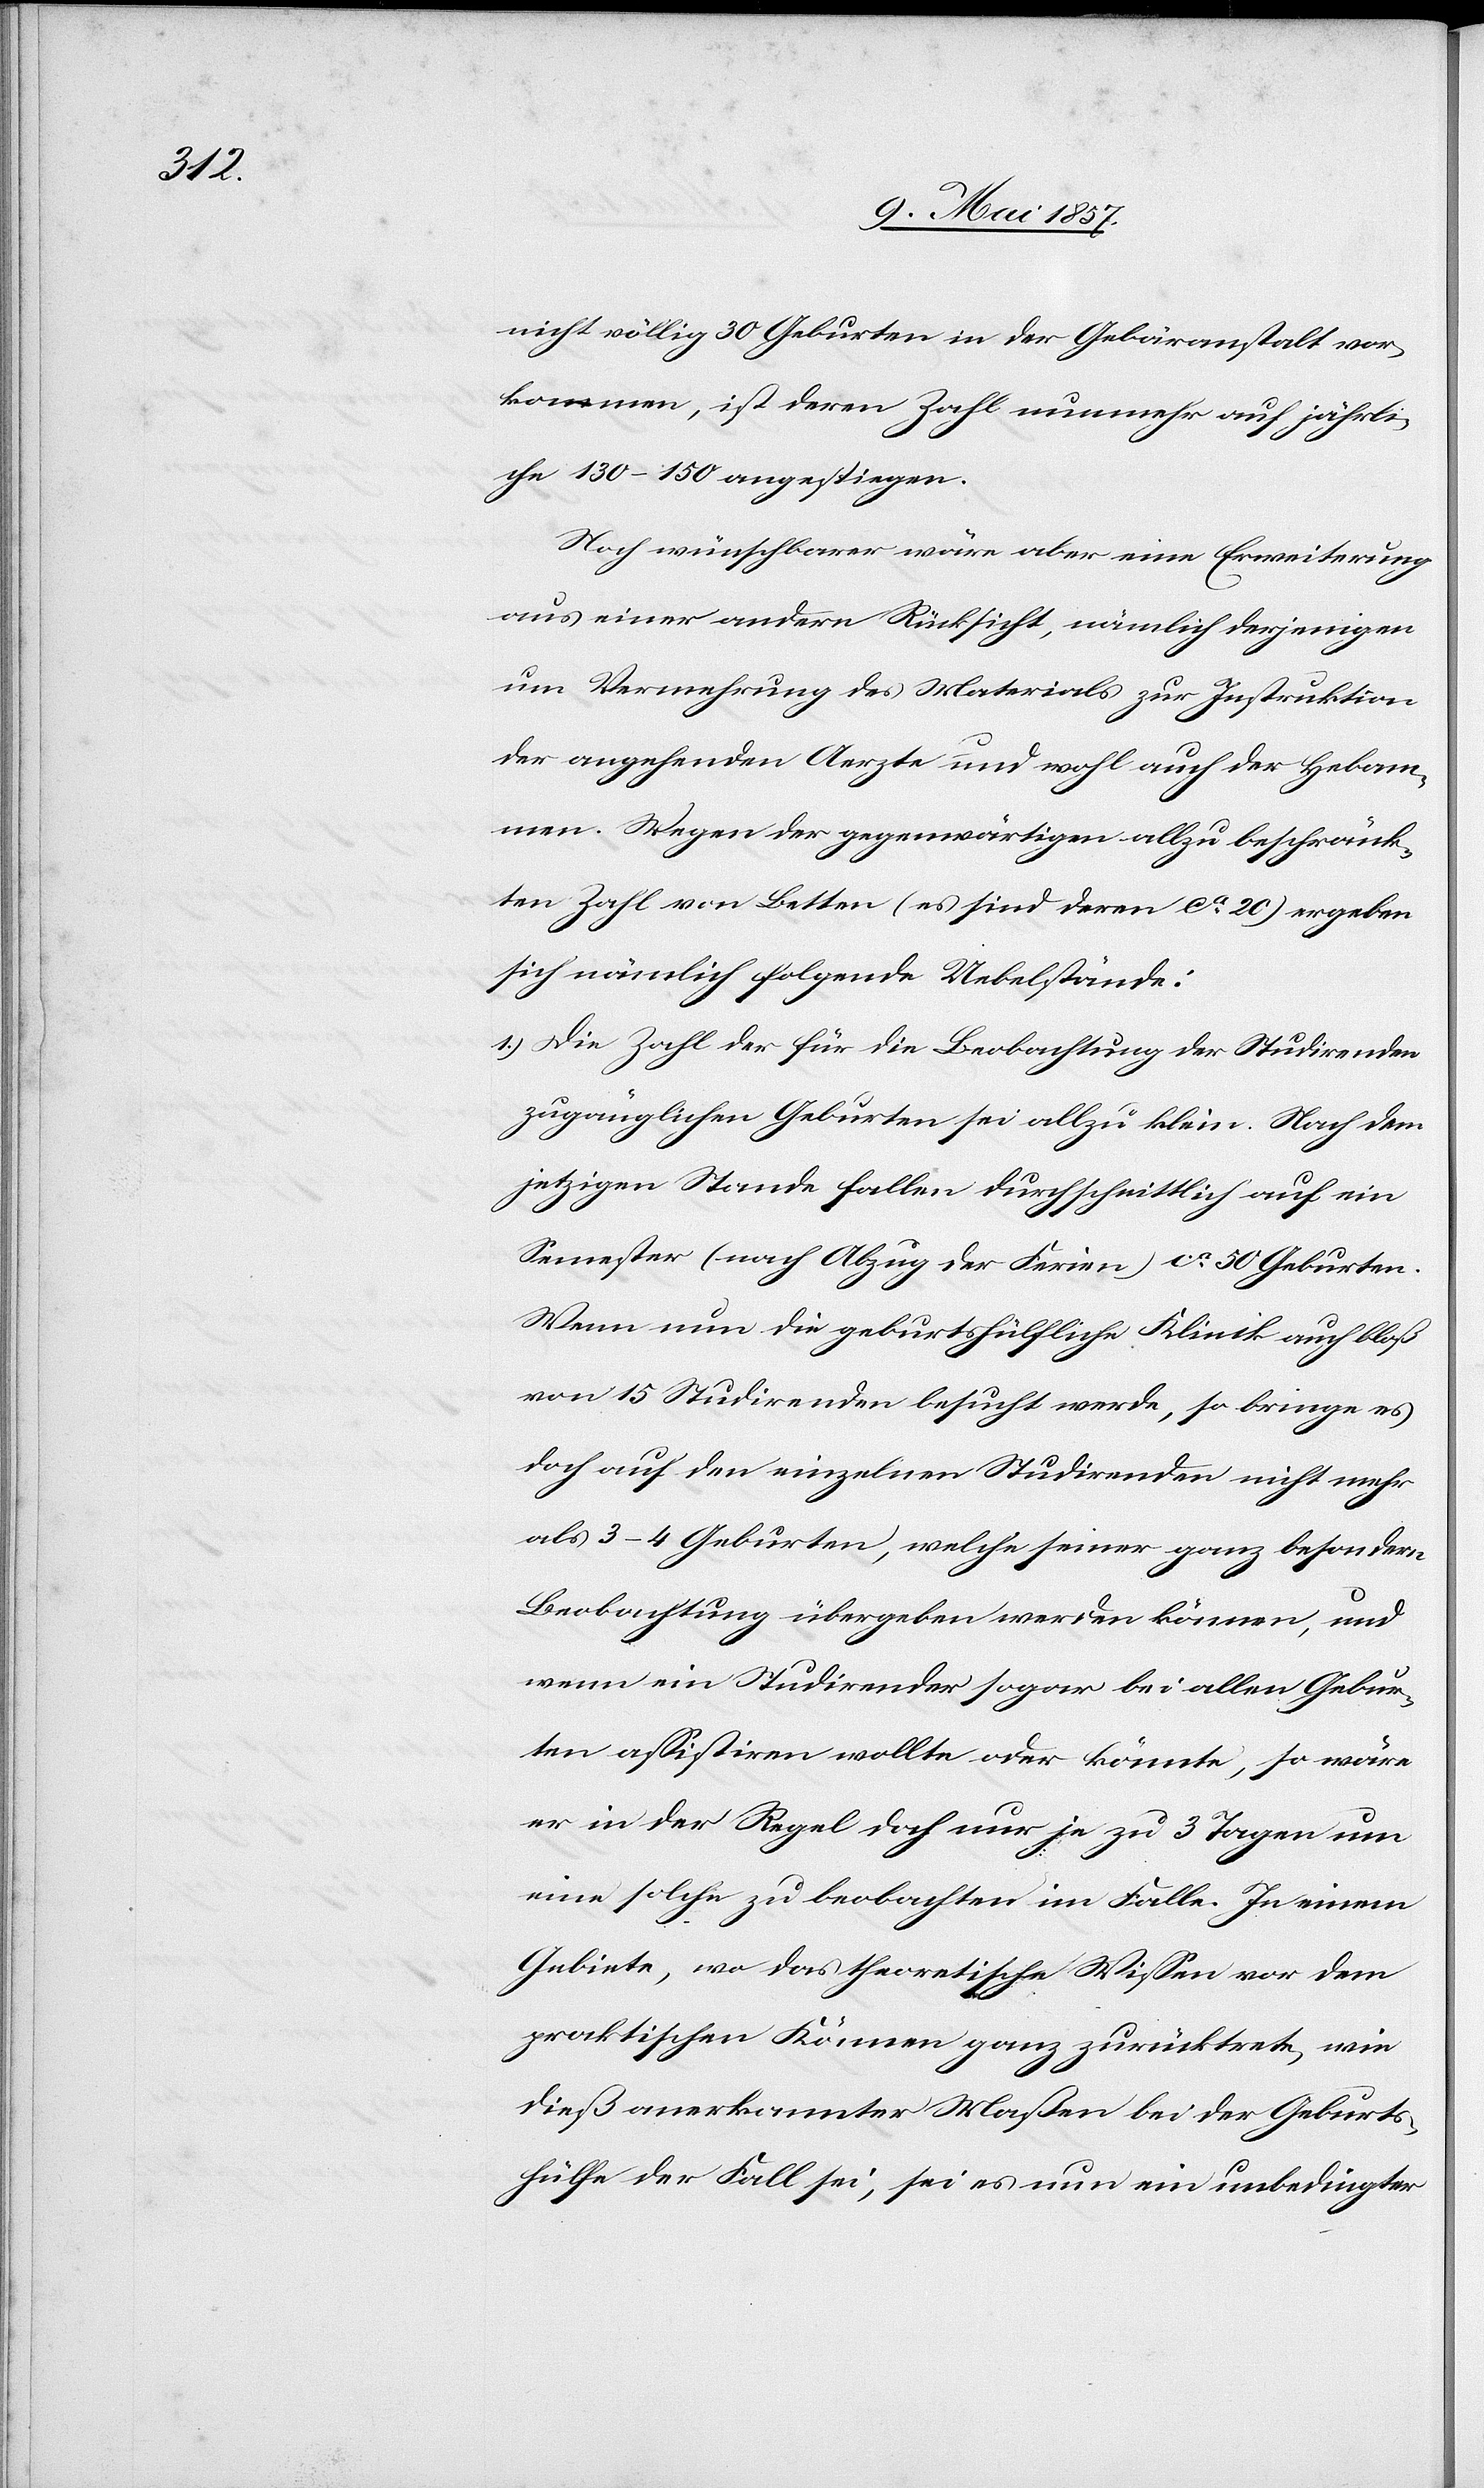
nicht völlig 30 Geburten in der Gebäranstalt vor¬
kommen, ist deren Zahl nunmehr auf jährli¬
che 130–150 angestiegen.
Noch wünschbar wäre aber eine Erweiterung
aus einer andern Rücksicht, nämlich derjenigen
um Vermehrung des Materials zur Instruktion
der angehenden Aerzte und wohl auch der Hebam¬
men. Wegen der gegenwärtigen allzu beschränk¬
ten Zahl von Betten (es sind deren ca 20) ergeben
sich nämlich folgende Uebelstände:
1.) Die Zahl der für die Beobachtung der Studirenden
zugänglichen Geburten sei allzu klein. Nach dem
jetzigen Stande fallen durchschnittlich auf ein
Semester (nach Abzug der Ferien) ca 50 Geburten.
Wenn nun die geburtshülfliche Klinik auch bloß
von 15 Studirenden besucht werde, so bringe es
doch auf den einzelnen Studirenden nicht mehr
als 3–4 Geburten, welche seiner ganz besondern
Beobachtung übergeben werden können, und
wenn ein Studirender sogar bei allen Gebur¬
ten assistiren wollte oder könnte, so wäre
er in der Regel doch nur je zu 3 Tagen um
eine solche zu beobachten im Falle. In einem
Gebiete, wo das theoretische Wissen vor dem
praktischen Können ganz zurücktrete, wie
dieß anerkannter Maßen bei der Geburts¬
hülfe der Fall sei, sei es nun ein unbedingter